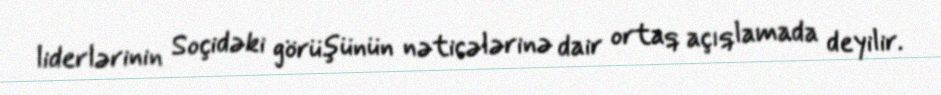
liderlərinin Soçidəki görüşünün nəticələrinə dair ortaq açıqlamada deyilir.